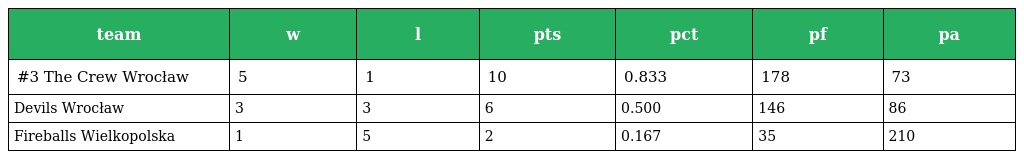
| team | w | l | pts | pct | pf | pa |
 | --- | --- | --- | --- | --- | --- | --- |
 | #3 The Crew Wrocław | 5 | 1 | 10 | 0.833 | 178 | 73 |
 | Devils Wrocław | 3 | 3 | 6 | 0.500 | 146 | 86 |
 | Fireballs Wielkopolska | 1 | 5 | 2 | 0.167 | 35 | 210 |